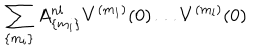
\sum _ { \{ m _ { i } \} } A _ { \{ m _ { i } \} } ^ { n l } V ^ { ( m _ { 1 } ) } ( 0 ) \dots V ^ { ( m _ { l } ) } ( 0 )